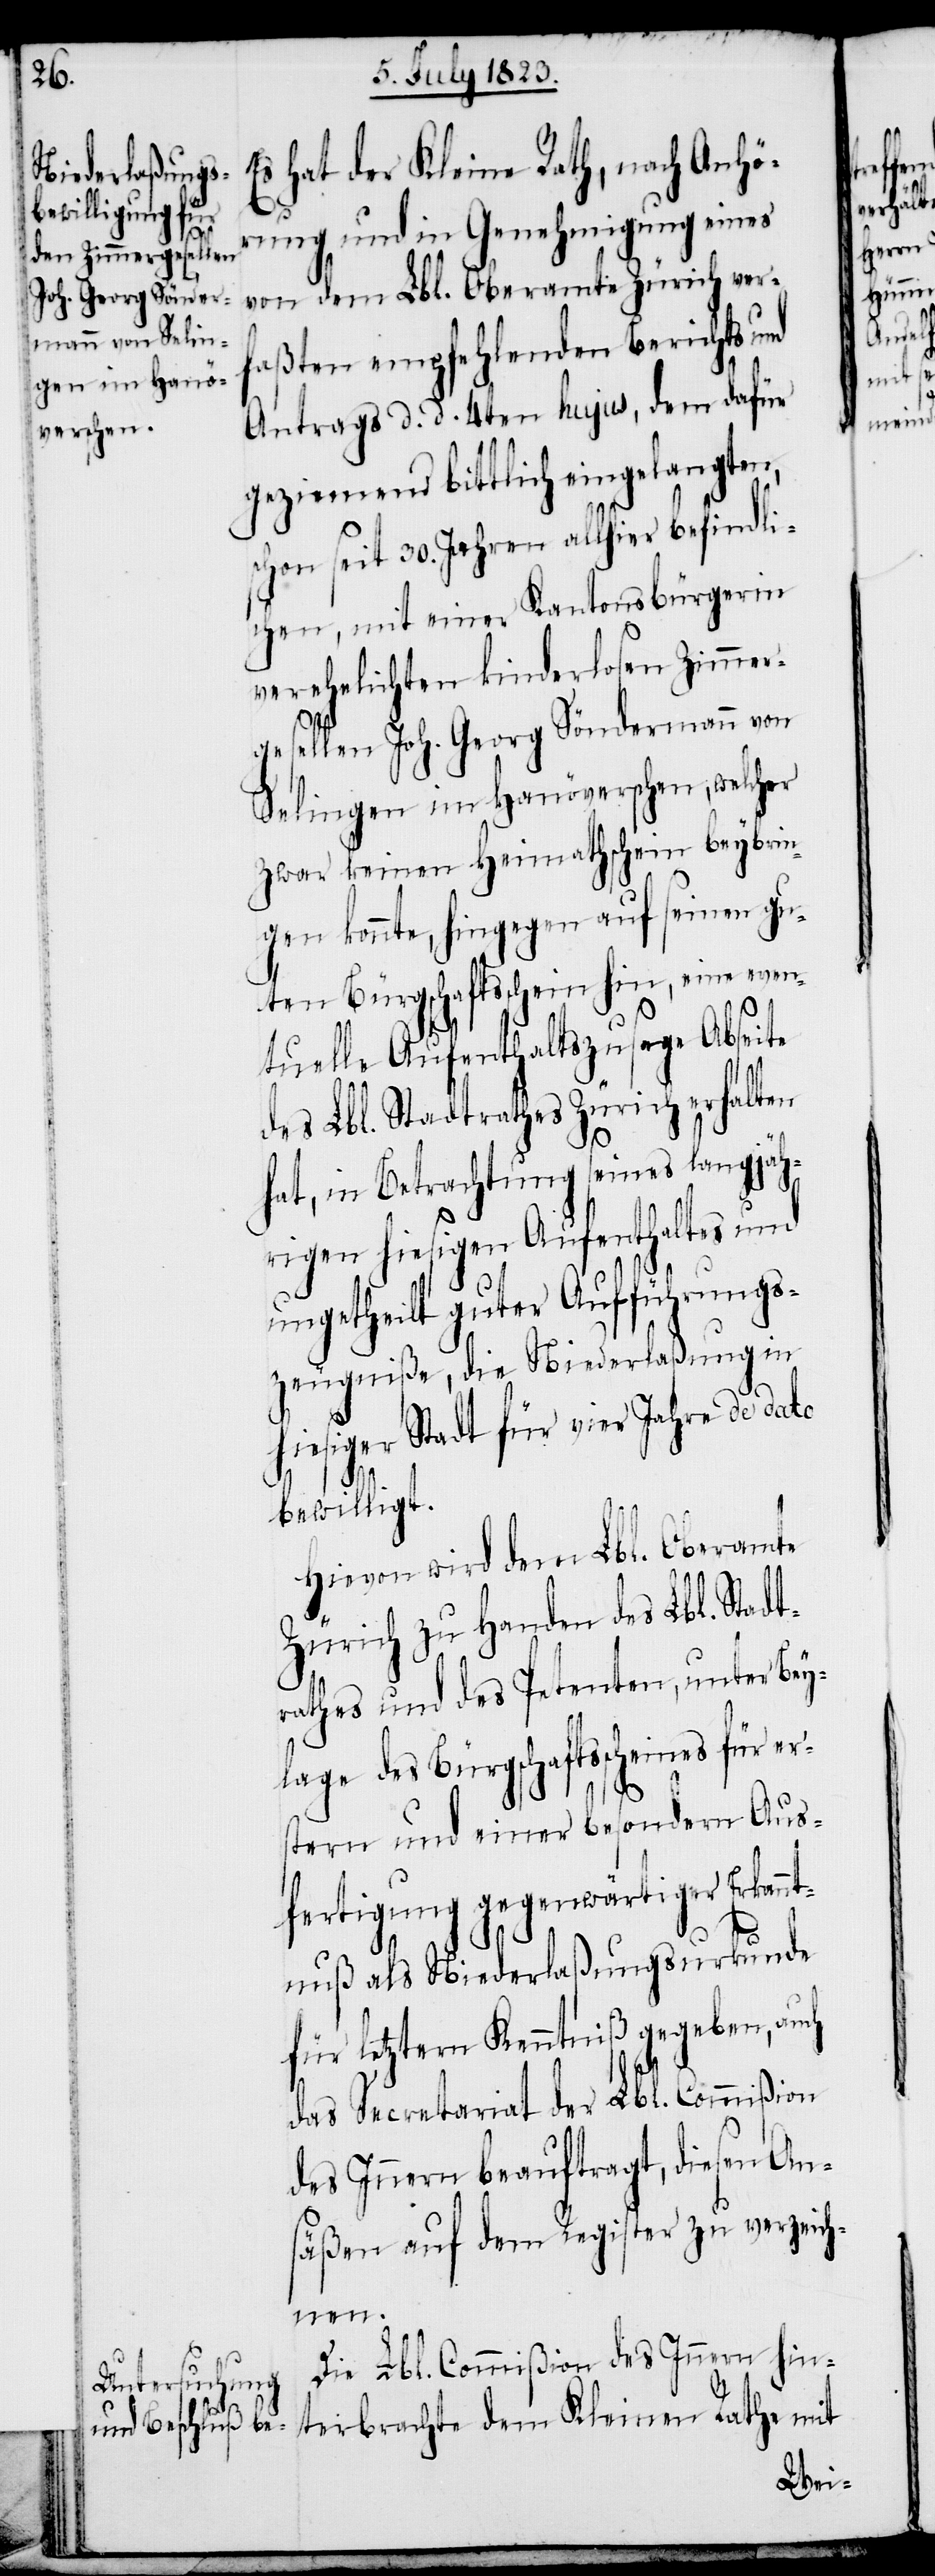
Es hat der Kleine Rath, nach Anhö¬
rung und in Genehmigung eines
von dem Lbl. Oberamte Zürich ver¬
faßten empfehlenden Berichts und
Antrags d. d. 4ten hujus, den dafür
geziemend bittlich eingelangten,
schon seit 30. Jahren allhier befindli¬
chen, mit einer Kantonsbürgerin
verehelichten kinderlosen Zimmer¬
gesellen Joh. Georg Söndermann von
Selingen im Hanöverschen, welcher
zwar keinen Heimathschein beybrin¬
gen konnte, hingegen auf seinen gu¬
ten Bürgschaftsschein hin, eine even¬
tuelle Aufenthaltszusage Abseite
des Lbl. Stadtrathes Zürich erhalten
hat, in Betrachtung seines langjäh¬
rigen hiesigen Aufenthaltes und
ungetheilt guter Aufführungs¬
zeugniße, die Niederlaßung in
hiesiger Stadt für vier Jahre de dato
bewilligt.
Hievon wird dem Lbl. Oberamte
Zürich zu Handen des Lbl. Stadt¬
rathes und des Petenten, unter Bey¬
lage des Bürgschaftsscheines für er¬
stern und einer besondern Aus¬
fertigung gegenwärtiger Erkannt¬
nuß als Niederlaßungsurkunde
für letztern Kenntniß gegeben, auch
das Secretariat der Lbl. Commißion
des Innern beauftragt, diesen Ans¬
äßen auf dem Register zu verzeich¬
nen.
Die Lbl. Commißion des Innern hin¬
terbrachte dem Kleinen Rathe mit